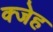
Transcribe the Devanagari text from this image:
क्जेह